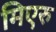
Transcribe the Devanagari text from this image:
मिएरु